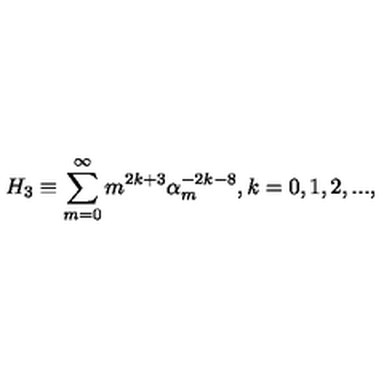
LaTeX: H _ { 3 } \equiv \sum _ { m = 0 } ^ { \infty } m ^ { 2 k + 3 } \alpha _ { m } ^ { - 2 k - 8 } , k = 0 , 1 , 2 , . . . ,